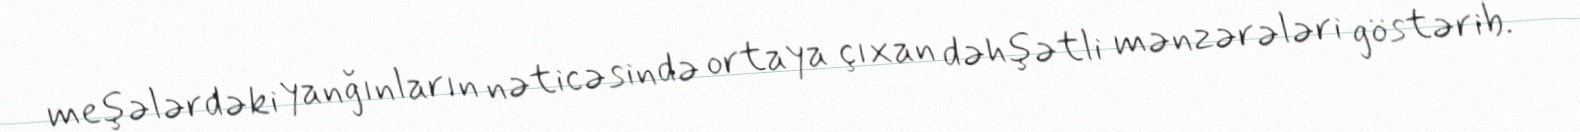
meşələrdəki yanğınların nəticəsində ortaya çıxan dəhşətli mənzərələri göstərib.